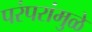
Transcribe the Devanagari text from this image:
परंपरांमुळे